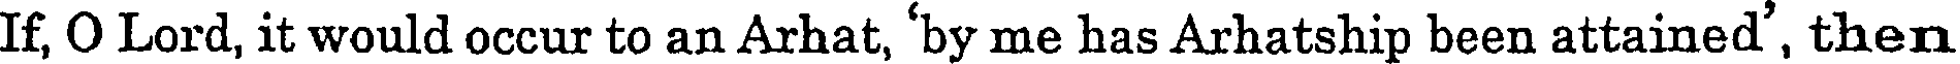
If, O Lord, it would occur to an Arhat, 'by me has Arhatship been attained', then